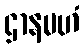
ဌာနမဟံ